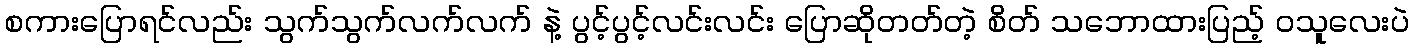
စကားပြောရင်လည်း သွက်သွက်လက်လက် နဲ့ ပွင့်ပွင့်လင်းလင်း ပြောဆိုတတ်တဲ့ စိတ် သဘောထားပြည့် ဝသူလေးပဲ